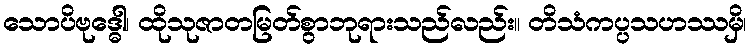
သောပိဗုဒ္ဓေါ၊ ထိုသုဇာတမြတ်စွာဘုရားသည်လည်း။ တိသံကပ္ပသဟဿမှိ၊